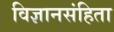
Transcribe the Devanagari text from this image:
विज्ञानसंहिता